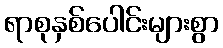
ရာစုနှစ်ပေါင်းများစွာ